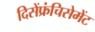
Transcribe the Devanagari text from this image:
दिसेंफ्रंचिसेमेंट